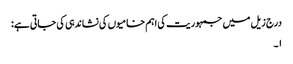
درج زیل میں جمہوریت کی اہم خامیوں کی نشاندہی کی جاتی ہے:
۱۔